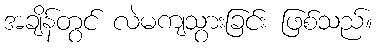
အချိန်တွင် လဲမကျသွားခြင်း ဖြစ်သည်။